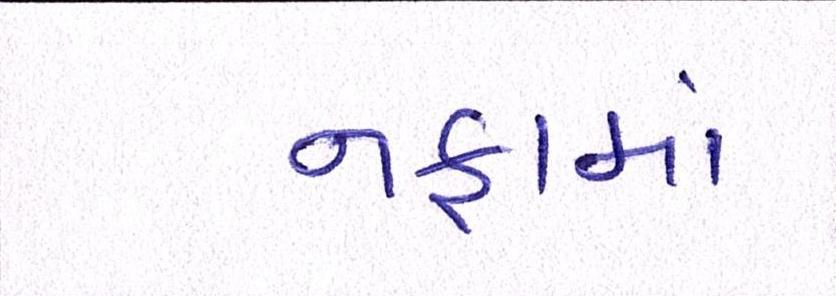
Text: નફામાં